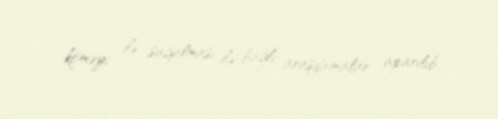
köməyi ilə sağalması ilə bağlı araşdırmalar aparılıb.